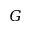
G